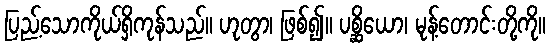
ပြည့်သောကိုယ်ရှိကုန်သည်။ ဟုတွာ၊ ဖြစ်၍။ ပစ္ဆိယော၊ မုန့်တောင်းတို့ကို။